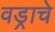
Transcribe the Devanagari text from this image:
वड्राचे